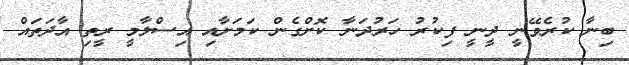
ބިނާ ކުރެވޭނީ ދީނީ ފިކުރު ހަރުދަނާ ކޮށްގެން ކަމަށާއި އިސްލާމީ ރީތި އާދަތައް